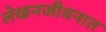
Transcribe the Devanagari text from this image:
लेखनजीवनात